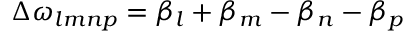
\Delta \omega _ { l m n p } = \beta _ { l } + \beta _ { m } - \beta _ { n } - \beta _ { p }